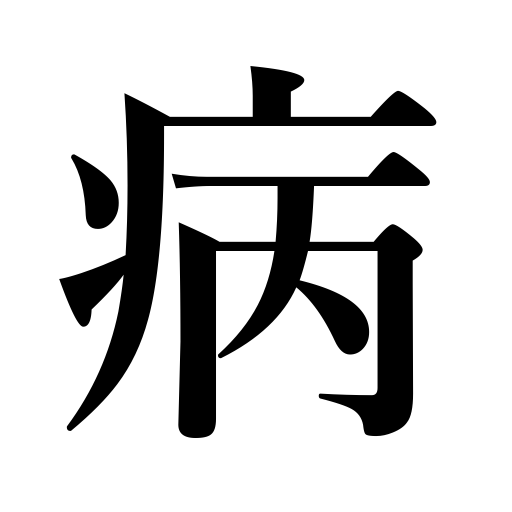
Meanings: weakness,get sick,bad habit,passion,be sick,suffer from,illness